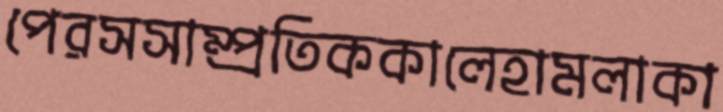
পেরসসাম্প্রতিককালেহামলাকা